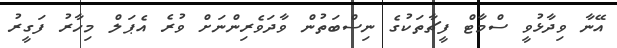
އޭނާ ވިދާޅުވީ ސްމާޓް ފީޗާތަކުގެ ނިސްބަތުން ވާދަވެރިންނަށް ވުރެ އެޕަލް މިހާރު ފަގީރު